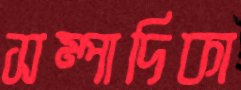
সম্পাদিকা